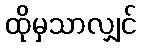
ထိုမှသာလျှင်